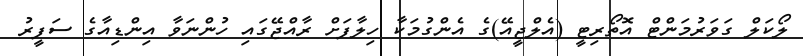
ލޯކަލް ގަވަރުމަންޓް އޮތޯރިޓީ (އެލްޖީއޭ)ގެ އެންގުމަކާ ހިލާފަށް ރާއްޖޭގައި ހުންނަވާ އިންޑިއާގެ ސަފީރު